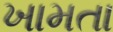
ખામતા